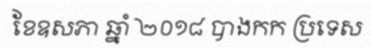
ខែឧសភា ឆ្នាំ ២០១៨ បាងកក ប្រទេស